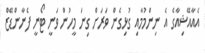
އެއާއޭޝިއާގެ އެ ނިންމުމާއި ގުޅިގެން ވަރަށް ގިނަ މީހުން ވަނީ ޓޯނީ ފެނާންޑޭޒް